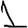
Digit: 1